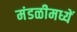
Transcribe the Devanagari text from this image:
मंडळीमध्यें